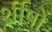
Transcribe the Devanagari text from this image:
र्शीषों